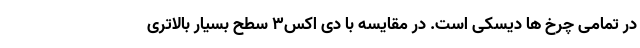
در تمامی چرخ ها دیسکی است. در مقایسه با دی اکس3 سطح بسیار بالاتری